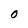
Character: O